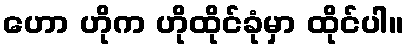
ဟော ဟိုက ဟိုထိုင်ခုံမှာ ထိုင်ပါ။